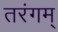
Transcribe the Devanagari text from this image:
तरंगम्